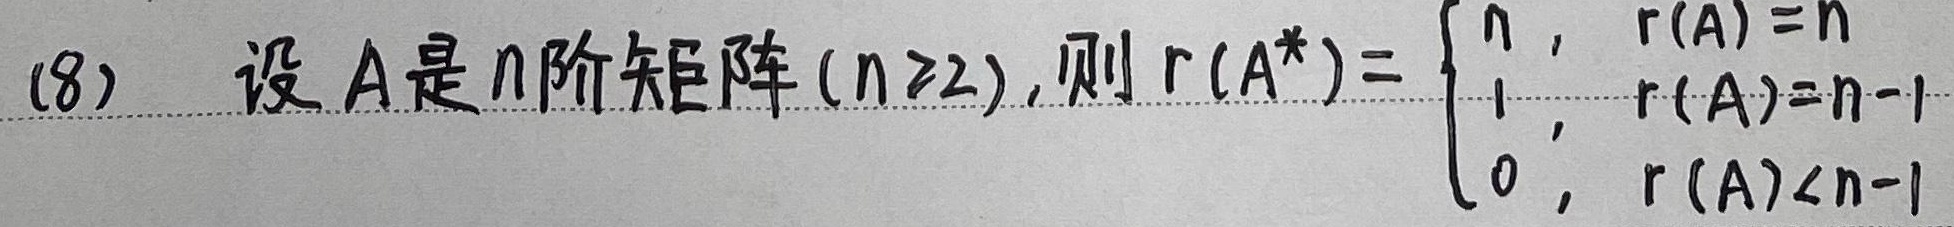
(8) 设 \(A\) 是 \(n\) 阶矩阵 (\(n\geq2\))，则 \(r(A^{*})=\begin{cases}n, & r(A)=n\\1, & r(A)=n - 1\\0, & r(A)<n - 1\end{cases}\)